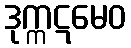
ဒုက္ကဋမေဝ